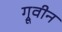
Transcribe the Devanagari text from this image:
ग्रूवीन